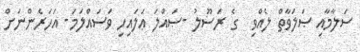
ސަލާމާއި ޞަލަވާތް ލެއްވި  ގެ ރަސޫލު -ޞައްލަ ޢަލައިހި ވަސައްލަމަ- އަހަރެންނަށް